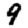
Digit: 9